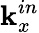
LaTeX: \mathbf{k}_{x}^{in}